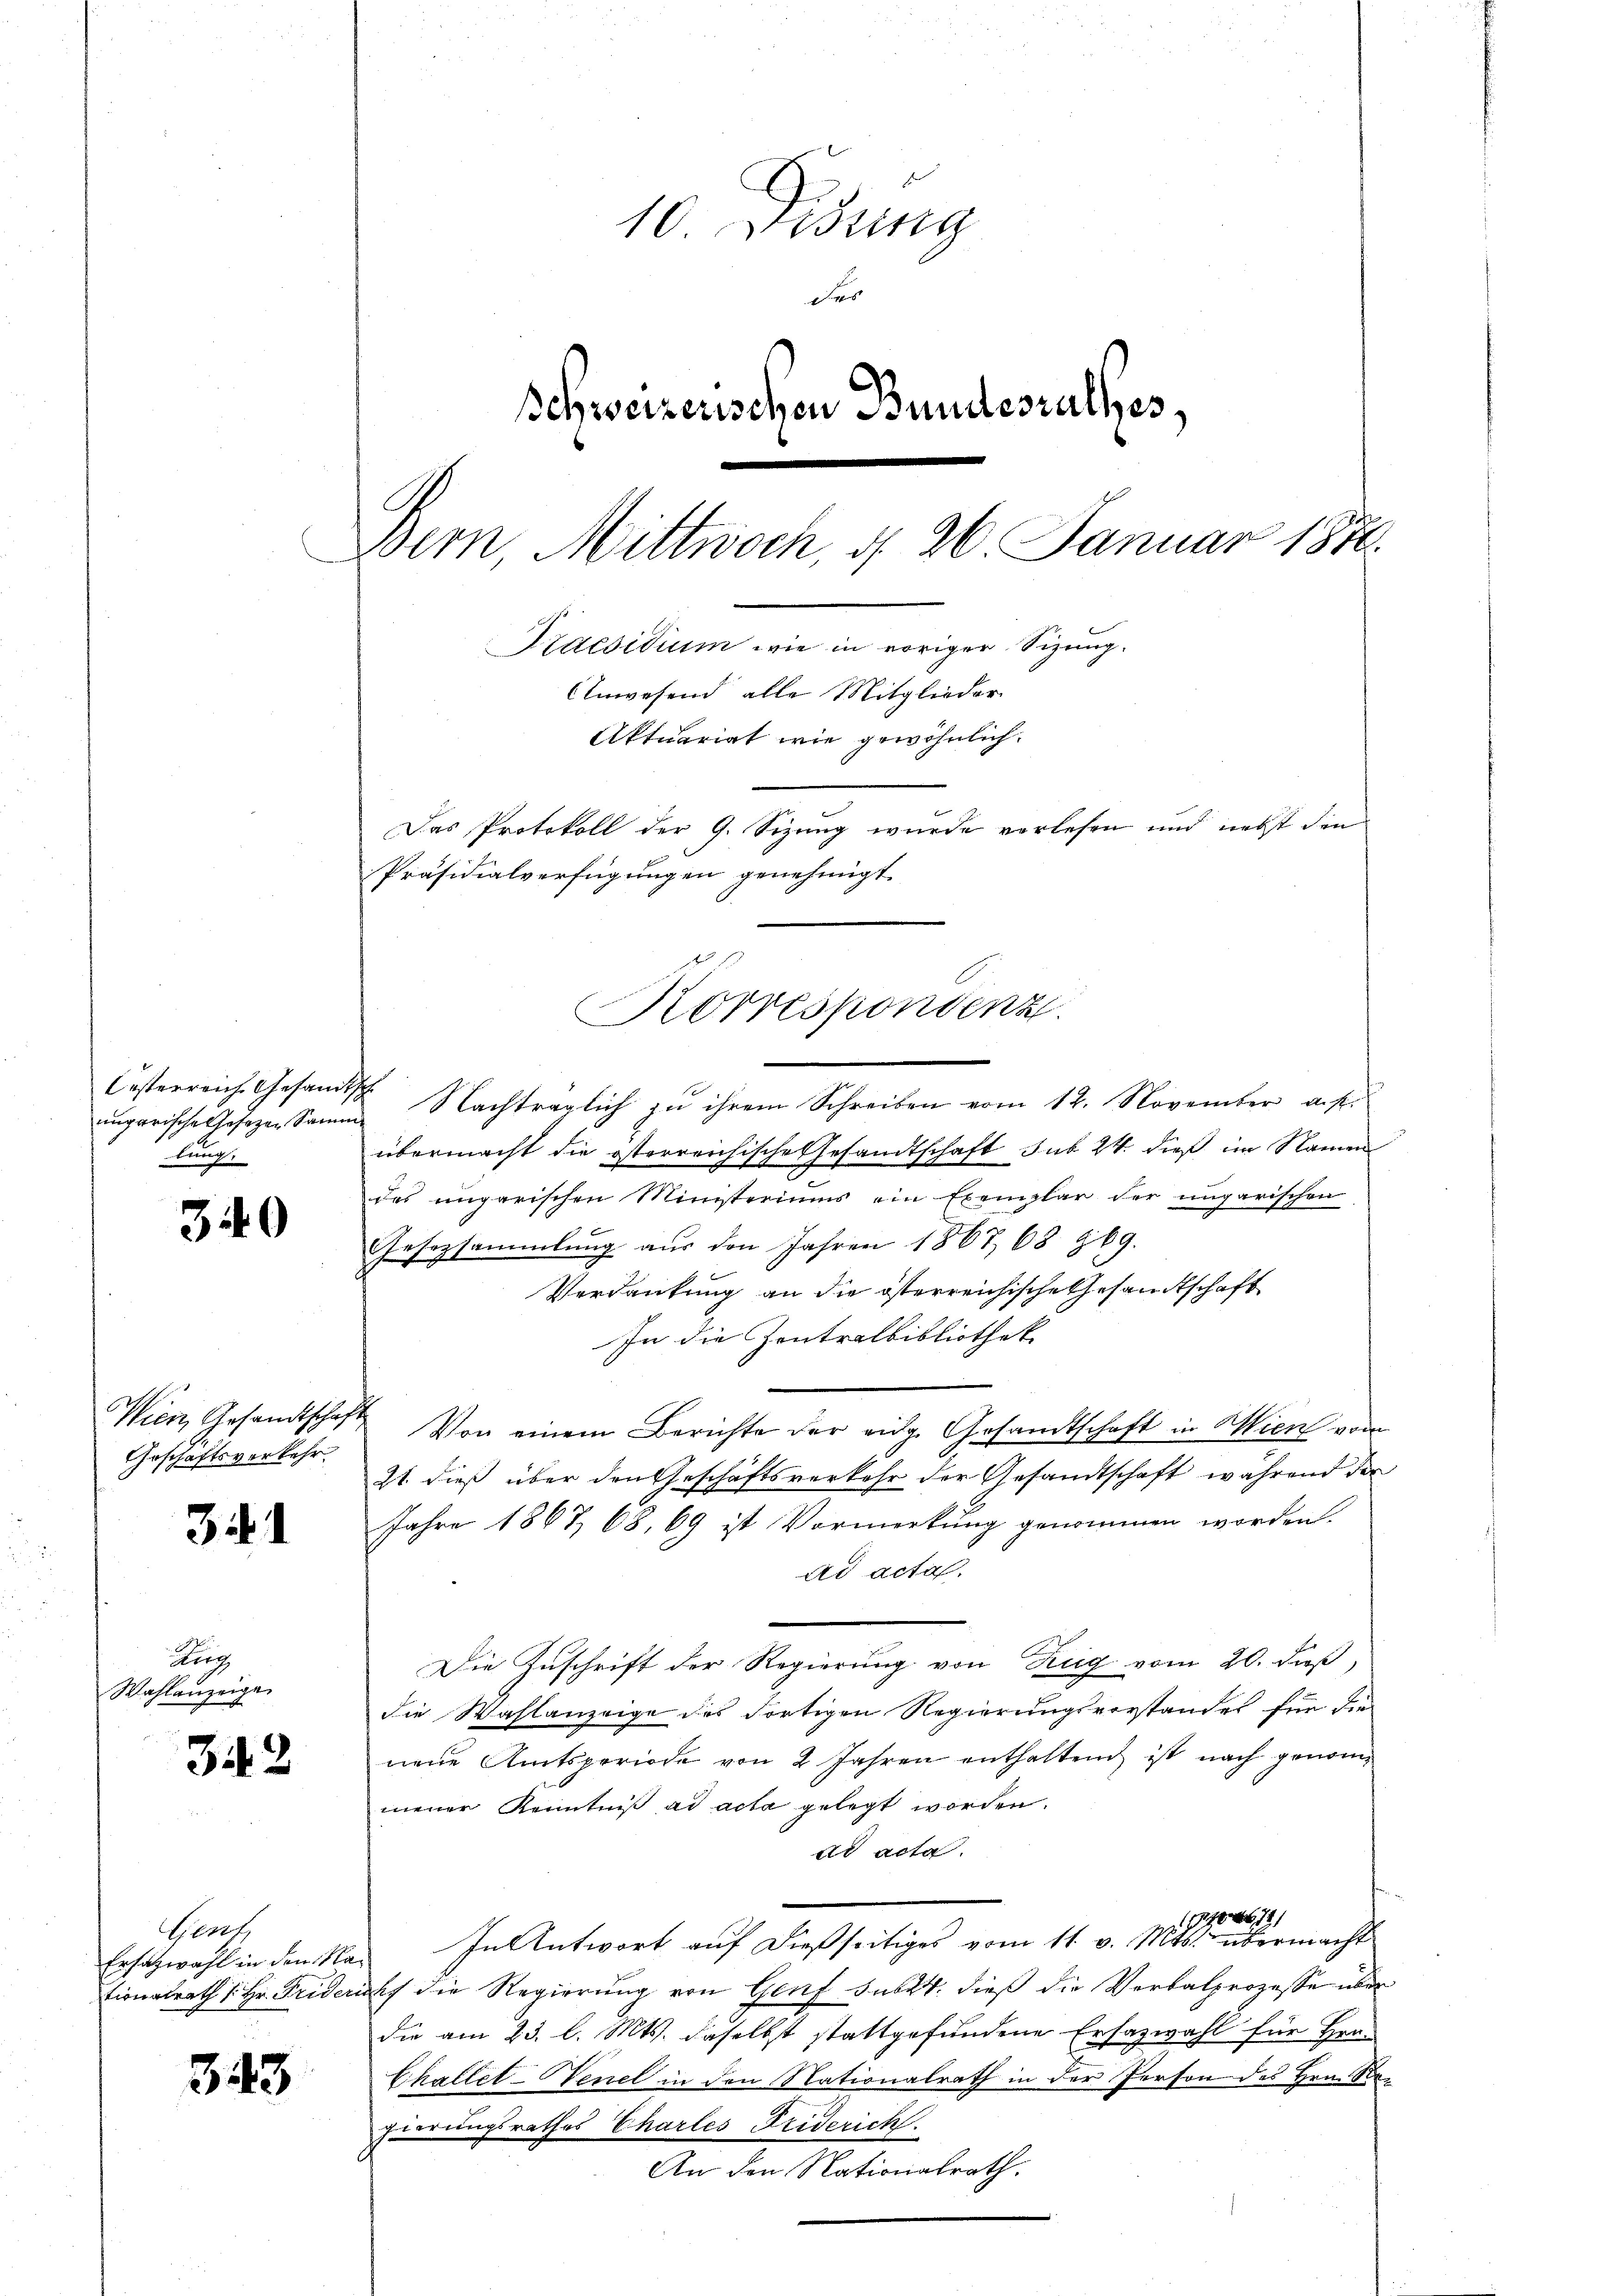
340

341

342

343

rngarische Gesezen Samm
lung.

Geschäftsverkehr.

Brig
Wahlanzeige

Oesterreich Gesandtsche Nachträglich zu ihrem Schreiben vom 12. November aus.
übermacht die österreichische Gesandtschaft sub 24. dieß im Namen
des ungarischen Ministeriums ein Exemplar der ungarischen
Gesezsammlung aus den Jahren 1867, 68 § 69.
Verdankung an die österreichische Gesandtschaft
In die Zentralbibliothek
Wien, Gesandtschaft Von einem Berichte der eidge Gesandtschaft in Wien vom
21. dieß über den Geschäftsverkehr der Gesandtschaft, während der
Jahre 1867, 68, 69 ist Vormerkung genommen worden.
Ad acta.
Die Zuschrift der Regierung von Zug vom 20. daß,
die Wahlanzeige des dortigen Regierungsvorstandes für die
neue Amtsperiode von 2 Jahren enthaltend ist nach genommener Kenntniß ad acta gelegt worden.
ad acta.
17100679/
In Antwort auf dießseitiges vom 11. v. Mts. übermacht
tionalrath 1. Hr. Friderruf die Regierung von Genf sub. dieß die Verbalprozesse über
die am 23. l. Mts. daselbst stattgefundene Ersazwahl für Hrn.
Challet-Nenel in den Nationalrath in der Person des Hrn. Repierungsrathes Chartes Friderich.
An den Nationalrath.

Genf
Ersatzwahl in den Na¬

10. Dedung
des
schweizerischen Bundesrathes,
Bern, Mittwoch, d. 26. Januar 1870.
Praesidium wie in voriger Sizung.
Anwesend alle Mitglieder
Aktuariat wie gewöhnlich.
Das Protokoll der 9. Sizung wurde verlesen und nebst die
Präsidialverfügungen genehmigt.

Korrespondenz.